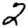
Digit: 2